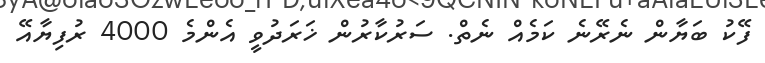
ފޭކު ބަޔާން ނެރޭނެ ކަމެއް ނެތް. ސަރުކާރުން ޚަރަދުވީ އެންމެ 4000 ރުފިޔާއޭ